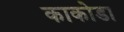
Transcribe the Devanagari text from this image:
काकोडा